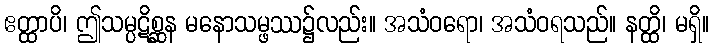
ဧတ္ထာပိ၊ ဤသမ္ပဋိစ္ဆန မနောသမ္ဖဿ၌လည်း။ အသံဝရော၊ အသံဝရသည်။ နတ္ထိ၊ မရှိ။